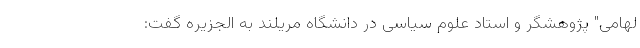
لهامی" پژوهشگر و استاد علوم سیاسی در دانشگاه مریلند به الجزیره گفت: